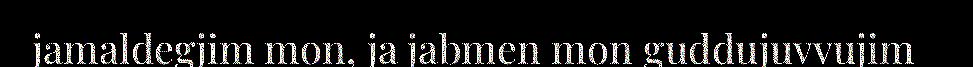
jamaldegjim mon, ja jabmen mon guddujuvvujim